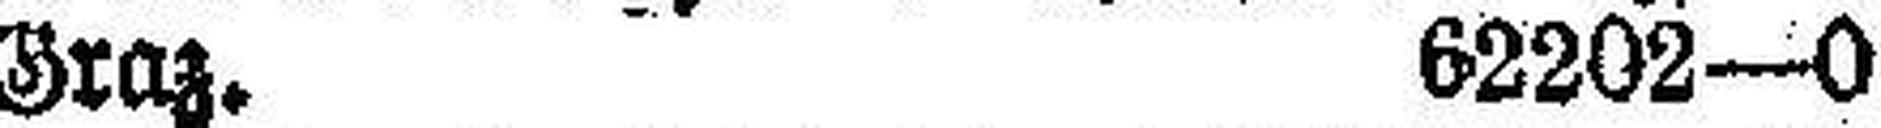
Graz. 62202—0